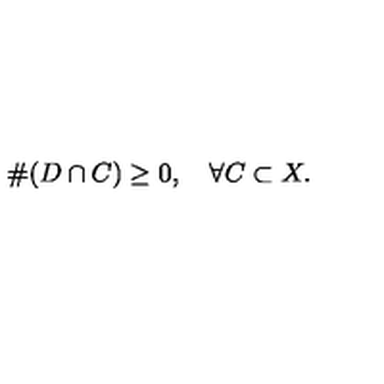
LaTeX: \# ( D \cap C ) \geq 0 , \quad \forall C \subset X .